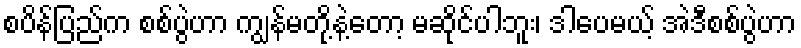
စပိန်ပြည်က စစ်ပွဲဟာ ကျွန်မတို့နဲ့တော့ မဆိုင်ပါဘူး၊ ဒါပေမယ့် အဲဒီစစ်ပွဲဟာ